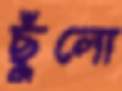
ছুঁলো